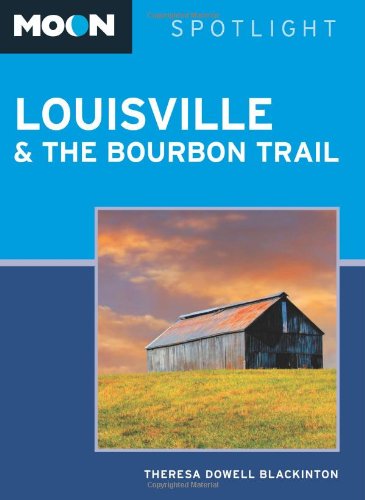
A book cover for Moon Spotlight Louisville and the Bourbon Trail; Theresa  Dowell Blackinton; Travel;